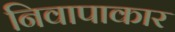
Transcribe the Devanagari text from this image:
निवापाकार